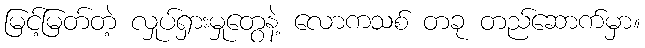
မြင့်မြတ်တဲ့ လှုပ်ရှားမှုတွေနဲ့ လောကသစ် တခု တည်ဆောက်မှာ။